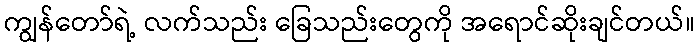
ကျွန်တော်ရဲ့ လက်သည်း ခြေသည်းတွေကို အရောင်ဆိုးချင်တယ်။